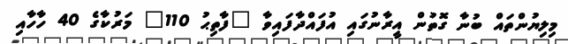
މިލިޔުންތައް ބުނާ ގޮތުން އީރާނުގައި އުފައްދާފައިވާ "ފާތިޙު 110" މަރުކާގެ 40 ހާހާއި